Vaccination report Assam 1896-1927 - 1896-1927
Year: 1896
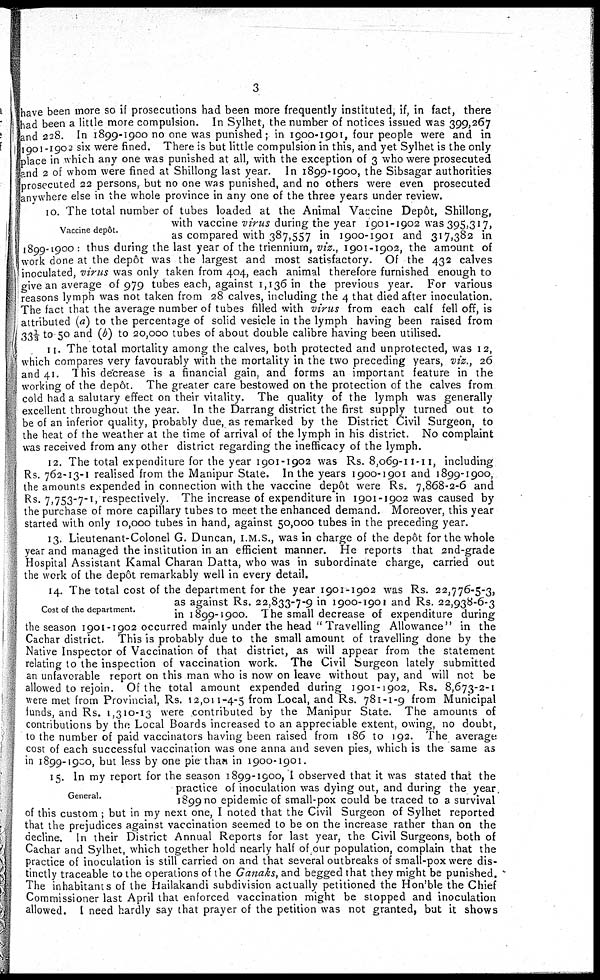
3
have been more so if prosecutions had been more frequently instituted, if, in fact, there
had been a little more compulsion. In Sylhet, the number of notices issued was 399,267
and 228. In 1899-1900 no one was punished; in 1900-1901, four people were and in
1901-1902 six were fined. There is but little compulsion in this, and yet Sylhet is the only
place in which any one was punished at all, with the exception of 3 who were prosecuted
and 2 of whom were fined at Shillong last year. In 1899-1900, the Sibsagar authorities
prosecuted 22 persons, but no one was punished, and no others were even prosecuted
anywhere else in the whole province in any one of the three years under review.
Vaccine depôt.
10. The total number of tubes loaded at the Animal Vaccine Depôt, Shillong,
with vaccine virus during the year 1901-1902 was 395,317,
as compared with 387,557 in 1900-1901 and 317,382 in
1899-1900 : thus during the last year of the triennium, viz., 1901-1902, the amount of
work done at the depôt was the largest and most satisfactory. Of the 432 calves
inoculated, virus was only taken from 404, each animal therefore furnished enough to
give an average of 979 tubes each, against 1,136 in the previous year. For various
reasons lymph was not taken from 28 calves, including the 4 that died after inoculation.
The fact that the average number of tubes filled with virus from each calf fell off, is
attributed (a) to the percentage of solid vesicle in the lymph having been raised from
33 1/3 to 50 and (b) to 20,000 tubes of about double calibre having been utilised.
11. The total mortality among the calves, both protected and unprotected, was 12,
which compares very favourably with the mortality in the two preceding years, viz., 26
and 41. This decrease is a financial gain, and forms an important feature in the
working of the depôt. The greater care bestowed on the protection of the calves from
cold had a salutary effect on their vitality. The quality of the lymph was generally
excellent throughout the year. In the Darrang district the first supply turned out to
be of an inferior quality, probably due, as remarked by the District Civil Surgeon, to
the heat of the weather at the time of arrival of the lymph in his district. No complaint
was received from any other district regarding the inefficacy of the lymph.
12. The total expenditure for the year 1901-1902 was Rs. 8,069-11-11, including
Rs. 762-13-1 realised from the Manipur State. In the years 1900-1901 and 1899-1900,
the amounts expended in connection with the vaccine depôt were Rs. 7,868-2-6 and
Rs. 7,753-7-1, respectively. The increase of expenditure in 1901-1902 was caused by
the purchase of more capillary tubes to meet the enhanced demand. Moreover, this year
started with only 10,000 tubes in hand, against 50,000 tubes in the preceding year.
13. Lieutenant-Colonel G. Duncan, I.M.S., was in charge of the depôt for the whole
year and managed the institution in an efficient manner. He reports that 2nd-grade
Hospital Assistant Kamal Charan Datta, who was in subordinate charge, carried out
the work of the depôt remarkably well in every detail.
Cost of the department.
14. The total cost of the department for the year 1901-1902 was Rs. 22,776-5-3,
as against Rs. 22,833-7-9 in 1900-1901 and Rs. 22,938-6-3
in 1899-1900. The small decrease of expenditure during
the season 1901-1902 occurred mainly under the head "Travelling Allowance" in the
Cachar district. This is probably due to the small amount of travelling done by the
Native Inspector of Vaccination of that district, as will appear from the statement
relating to the inspection of vaccination work. The Civil Surgeon lately submitted
an unfavorable report on this man who is now on leave without pay, and will not be
allowed to rejoin. Of the total amount expended during 1901-1902, Rs. 8,673-2-1
were met from Provincial, Rs. 12,011-4-5 from Local, and Rs. 781-1-9 from Municipal
funds, and Rs. 1,310-13 were contributed by the Manipur State. The amounts of
contributions by the Local Boards increased to an appreciable extent, owing, no doubt,
to the number of paid vaccinators having been raised from 186 to 192. The average
cost of each successful vaccination was one anna and seven pies, which is the same as
in 1899-1900, but less by one pie than in 1900-1901.
General.
15. In my report for the season 1899-1900, I observed that it was stated that the
practice of inoculation was dying out, and during the year
1899 no epidemic of small-pox could be traced to a survival
of this custom; but in my next one, I noted that the Civil Surgeon of Sylhet reported
that the prejudices against vaccination seemed to be on the increase rather than on the
decline. In their District Annual Reports for last year, the Civil Surgeons, both of
Cachar and Sylhet, which together hold nearly half of our population, complain that the
practice of inoculation is still carried on and that several outbreaks of small-pox were dis-
tinctly traceable to the operations of the Ganaks, and begged that they might be punished.
The inhabitants of the Hailakandi subdivision actually petitioned the Hon'ble the Chief
Commissioner last April that enforced vaccination might be stopped and inoculation
allowed. I need hardly say that prayer of the petition was not granted, but it shows